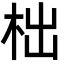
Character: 柮